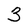
Character: 3